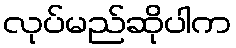
လုပ်မည်ဆိုပါက